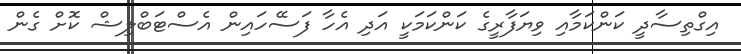
އިގްތިސާދީ ކަންކަމާއި ވިޔަފާރީގެ ކަންކަމަކީ އަދި އެހާ ފަސޭހައިން އެސްޓަބްލިޝް ކޮށް ގެން